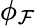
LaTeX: \phi_{\mathcal{F}}